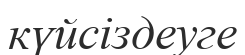
күйсіздеуге